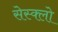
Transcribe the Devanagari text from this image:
सेस्क्लो